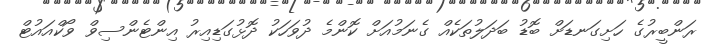
ރަންބީރުގެ ހަށިގަނޑަށް ބޮޑު ބަދަލުތަކެއް ގެނަމުއަށް ކޮންމެ ދުވަހަކު ދޮޅުގަޑިއިރު އިންޓެންސިވް ވޯކްއައުޓް